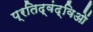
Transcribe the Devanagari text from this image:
प्रतिद्वंद्विओं